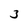
Character: 3